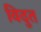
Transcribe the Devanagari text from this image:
विदुत